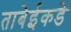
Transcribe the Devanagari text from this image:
ताबेईकडे